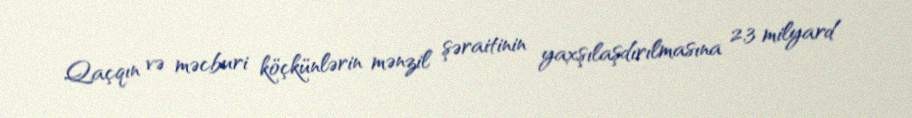
Qaçqın və məcburi köçkünlərin mənzil şəraitinin yaxşılaşdırılmasına 2,3 milyard